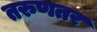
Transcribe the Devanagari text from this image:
तरुणतर